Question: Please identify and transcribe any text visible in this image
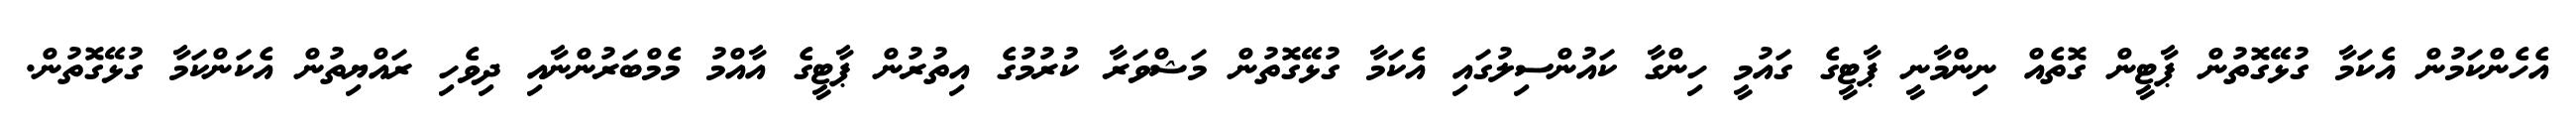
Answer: އެހެންކަމުން އެކަމާ ގުޅޭގޮތުން ޕާޓީން ގޮތެއް ނިންމާނީ ޕާޓީގެ ގައުމީ ހިންގާ ކައުންސިލުގައި އެކަމާ ގުޅޭގޮތުން މަޝްވަރާ ކުރުމުގެ އިތުރުން ޕާޓީގެ އާއްމު މެމްބަރުންނާއި ދިވެހި ރައްޔިތުން އެކަންކަމާ ގުޅޭގޮތުން.